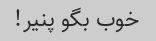
خوب بگو پنیر!